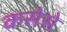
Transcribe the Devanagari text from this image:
कसेसे